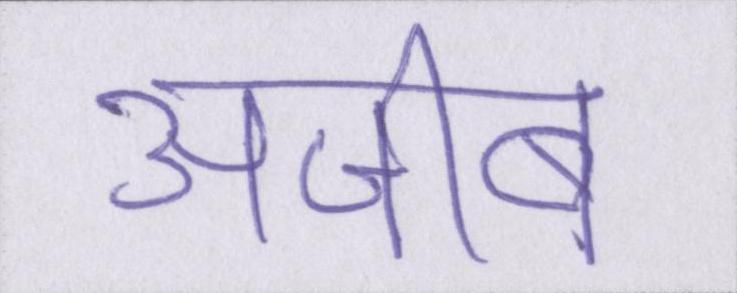
अजीब